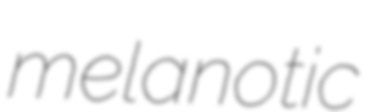
melanotic